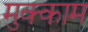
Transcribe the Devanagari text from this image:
मुक्‍काम